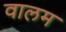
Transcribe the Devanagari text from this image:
वालम